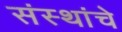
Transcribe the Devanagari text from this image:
संस्‍थांचे